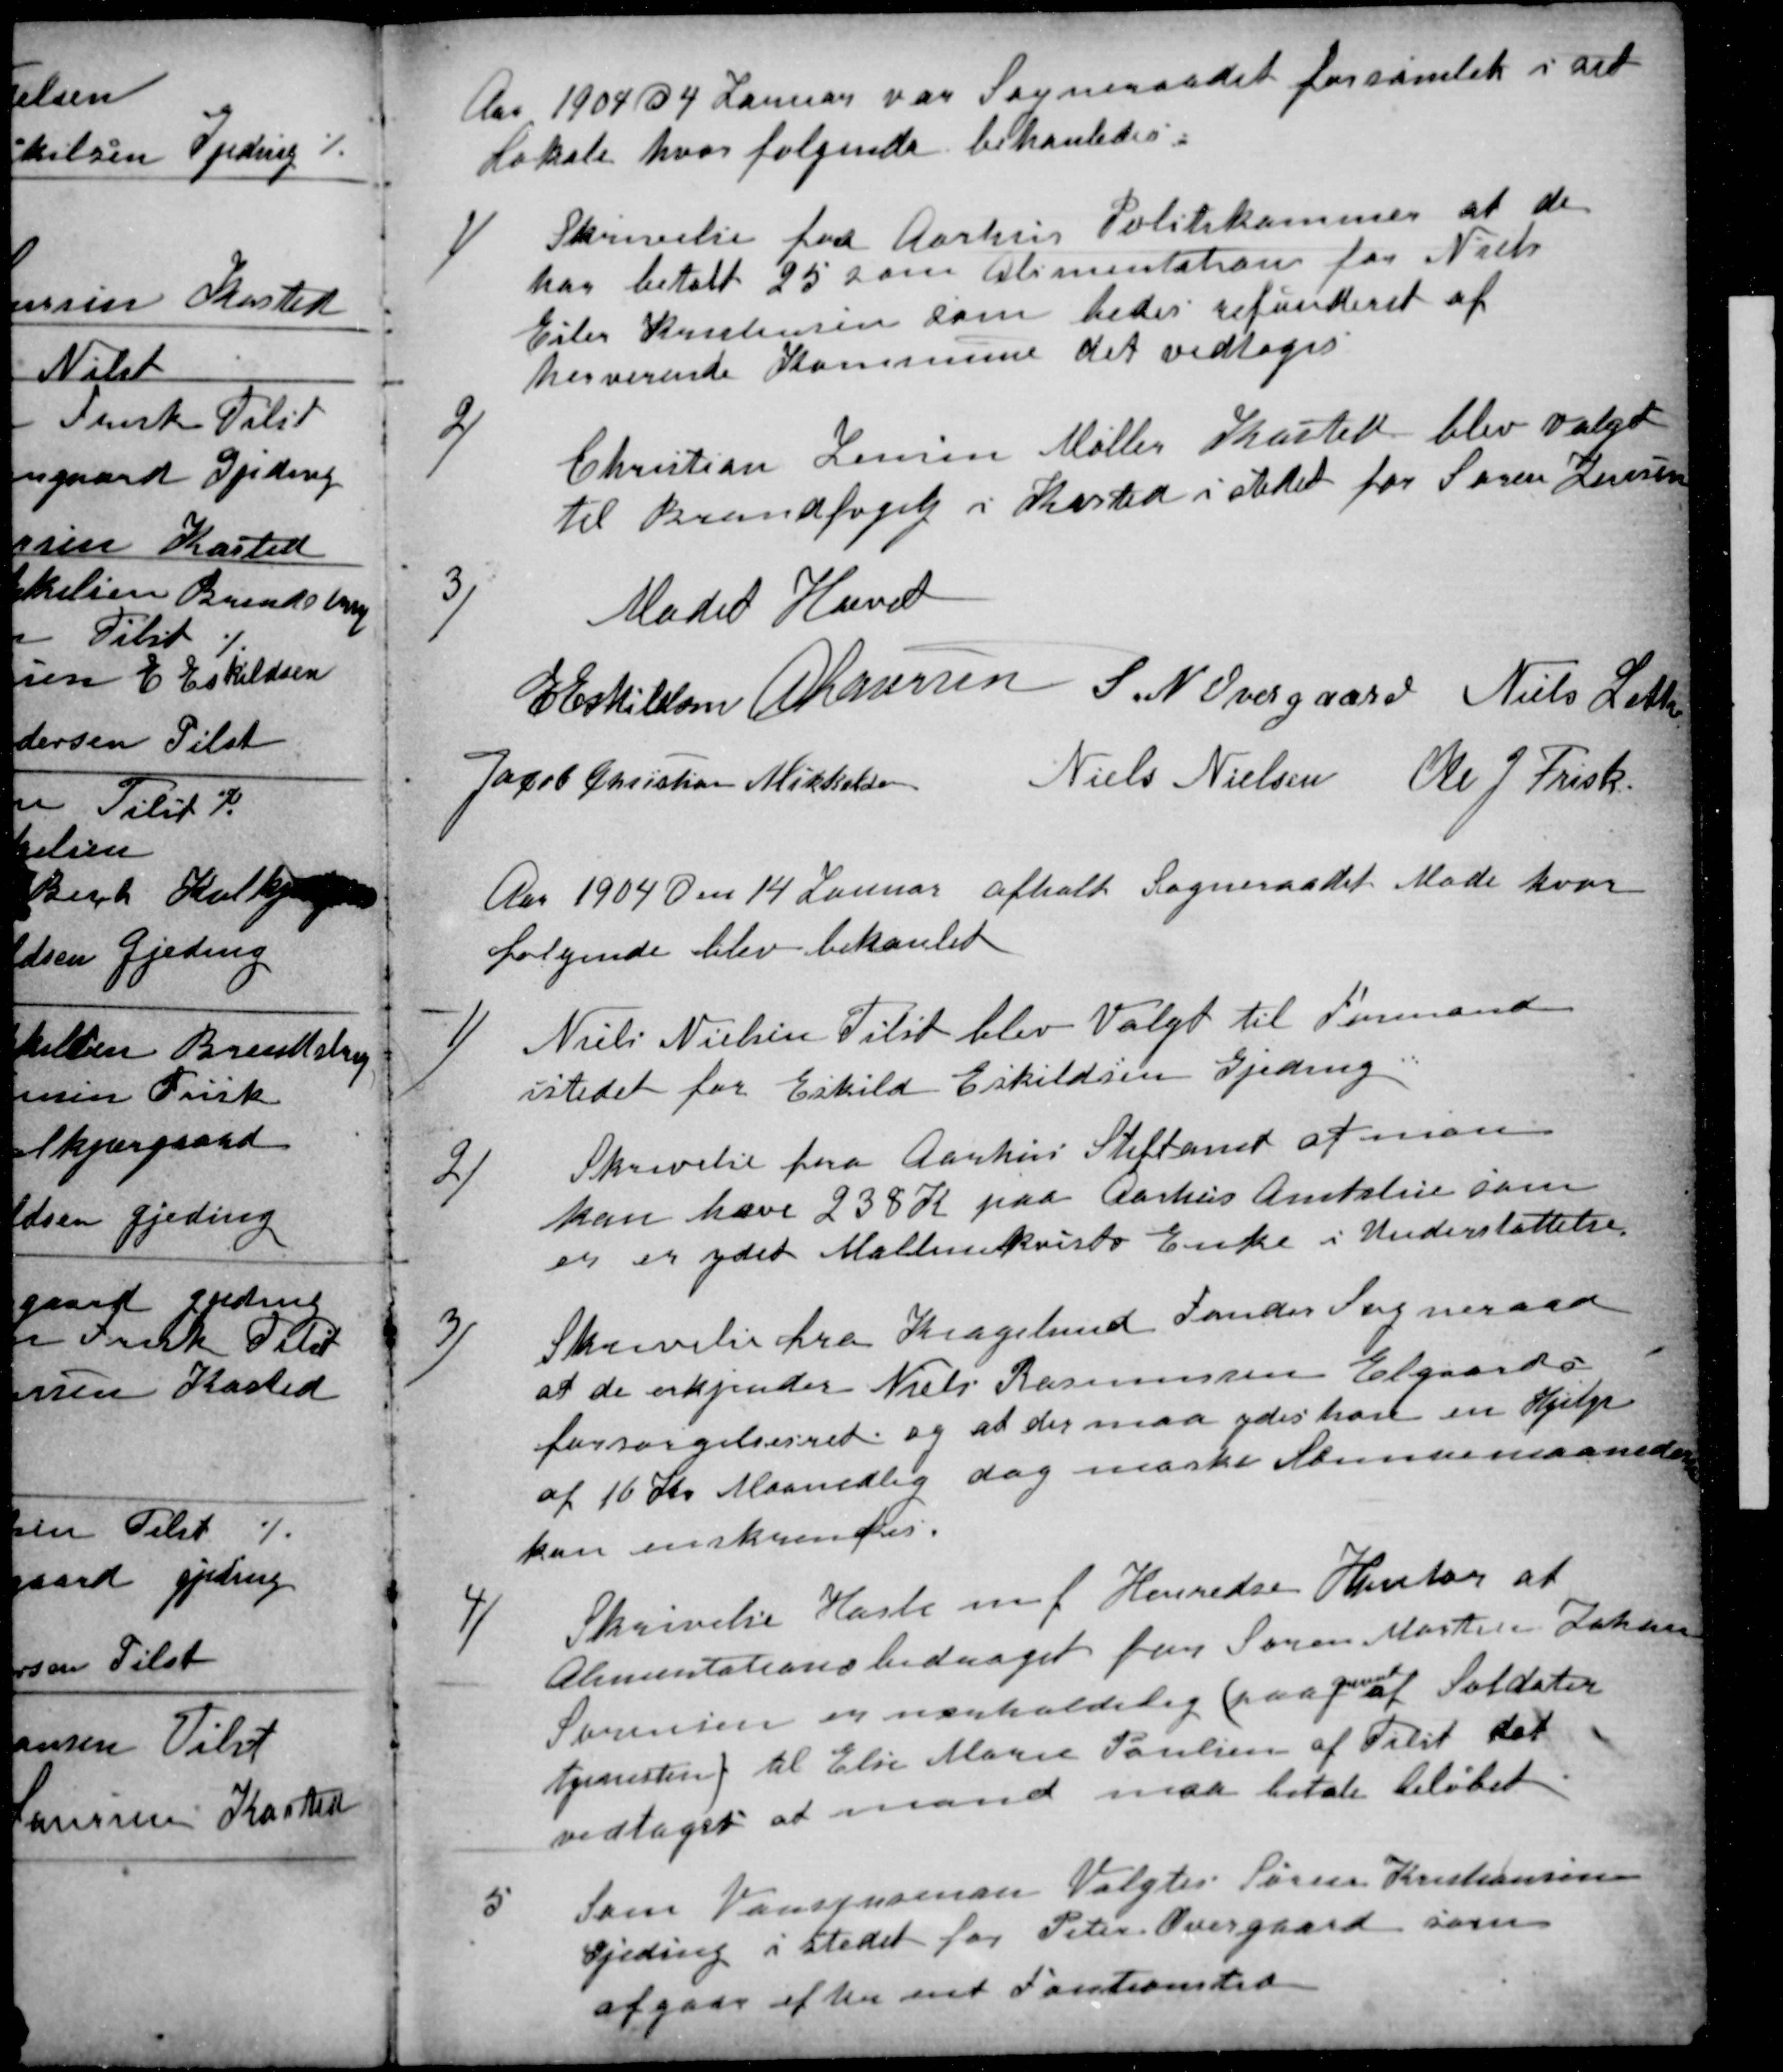
Transskription:
Aar 1904 d 4 Januar var Sogneraadet forsamlet i sit
Lokale hvor følgende behanledes:
1)
Skrivelse fra Aarhus Politikammer at de
har betalt 25 som Alimentation for Niels
Eiler Kristensen som bedes refunderet af
herværende Kommune det vedtoges
2)
Christian Jensen Møller Kasted blev valgt
til Brandfogedj i Kasted i stedet for Søren Jensen
3)
Mødet Hævet
E Eskildsen A Laursen S. N. Overgaard Niels Leth
Jacob Christian Mikkelsen Niels Nielsen Ole J. Frisk
Aar 1904 den 14 Januar afholt Sogneraadet Møde hvor
følgende blev behanlet
1)
Niels Nielsen Tilst blev Valgt til Formand
istedet for Eskild Eskildsen Gjeding
2)
Skrivelse fra Aarhus Stiftamt at man
kan hæve 238 Kr paa Aarhus Amtstue som
er er ydet Malmkvists Enke i Understøttelse
3)
Skrivelse fra Kragelund Funder Sogneraad
at de erkjender Niels Rasmussen Elgaards
forsørgelsesret og at der maa ydes ham en Hjælp
af 16 Kr Maanedlig dog maaske Sommermaanederne
kan inskrænkes
4)
Skrivelse Hasle m f Herreders Kontor at
Alimentationsbidraget for Søren Martin Johan
Sørensen er uerholdelig (paa
Grund
af Soldater
tjenesten) til Else Marie Poulsen af Tilst det
vedtoges at mand maa betale beløbet
5
Som Vandsynsmand Valgtes Søren Kristiansen
Gjeding i Stedet for Peter Overgaard som
afgaar efter ent Funktionstid